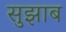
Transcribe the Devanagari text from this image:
सुझाब